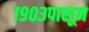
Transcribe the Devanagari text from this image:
१९०३पासून